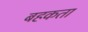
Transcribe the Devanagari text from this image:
बहकता